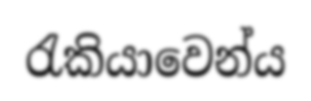
රැකියාවෙන්ය